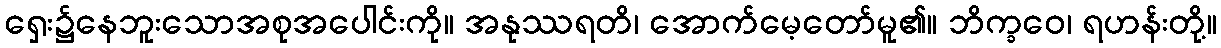
ရှေး၌နေဘူးသောအစုအပေါင်းကို။ အနုဿရတိ၊ အောက်မေ့တော်မူ၏။ ဘိက္ခဝေ၊ ရဟန်းတို့။